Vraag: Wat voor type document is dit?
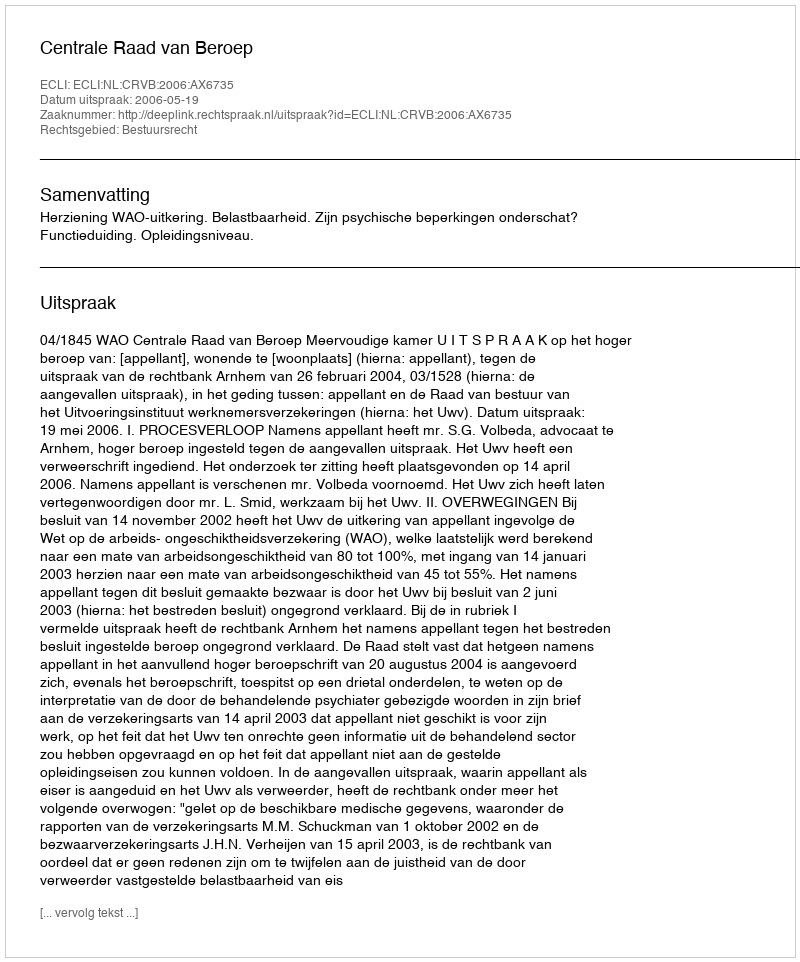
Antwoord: Uitspraak